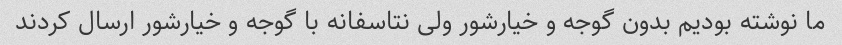
ما نوشته بودیم بدون گوجه و خیارشور ولی نتاسفانه با گوجه و خیارشور ارسال کردند